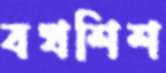
বখশিশ